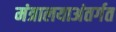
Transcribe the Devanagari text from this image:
मंत्रालयाअंतर्गत